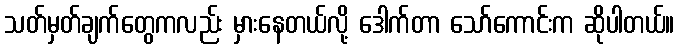
သတ်မှတ်ချက်တွေကလည်း မှားနေတယ်လို့ ဒေါက်တာ သော်ကောင်းက ဆိုပါတယ်။